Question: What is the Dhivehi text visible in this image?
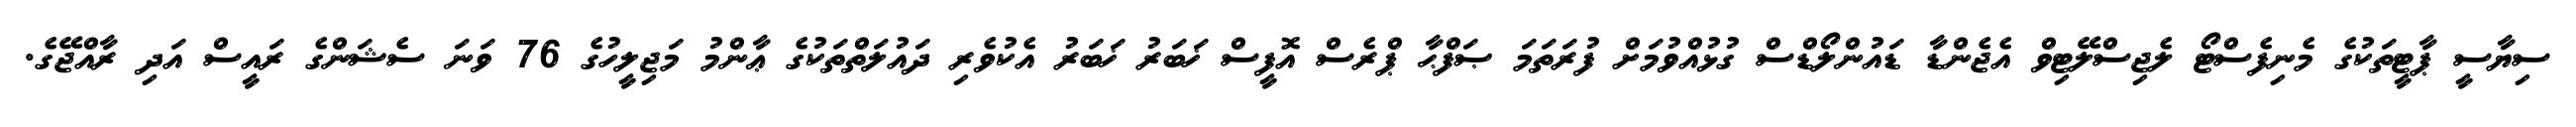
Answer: ސިޔާސީ ޕާޓީތަކުގެ މެނިފެސްޓޯ ލެޖިސްލޭޓިވް އެޖެންޑާ ޑައުންލޯޑްސް ގުޅުއްވުމަށް ފުރަތަމަ ޞަފްޙާ ޕްރެސް އޮފީސް ޚަބަރު ޚަބަރު އެކުވެރި ދައުލަތްތަކުގެ ޢާންމު މަޖިލީހުގެ 76 ވަނަ ސެޝަންގެ ރައީސް އަދި ރާއްޖޭގެ.